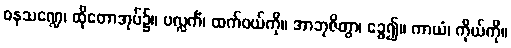
ဝနသဏ္ဍေ၊ ထိုတောအုပ်၌။ ပလ္လင်္ကံ၊ ထက်ဝယ်ကို။ အာဘုဇိတွာ၊ ခွေ၍။ ကာယံ၊ ကိုယ်ကို။